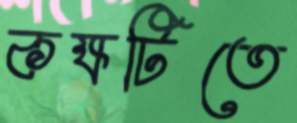
কক্ষটিতে